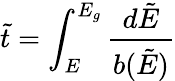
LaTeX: {\tilde{t}}=\int_{E}^{E_{g}}\frac{d\tilde{E}}{b(\tilde{E})}